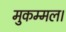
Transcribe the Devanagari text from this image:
मुकम्मल।